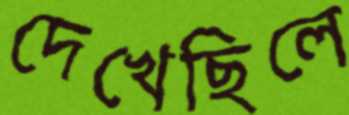
দেখেছিলে